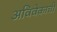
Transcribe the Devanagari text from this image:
अविवेकाची